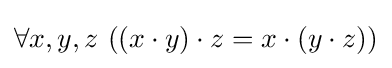
\forall x,y,z\ ((x\cdot y)\cdot z=x\cdot (y\cdot z))